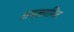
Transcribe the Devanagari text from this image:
अमलगमित